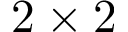
2 \times 2